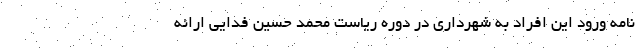
نامه ورود این افراد به شهرداری در دوره ریاست محمد حسین فدایی ارائه